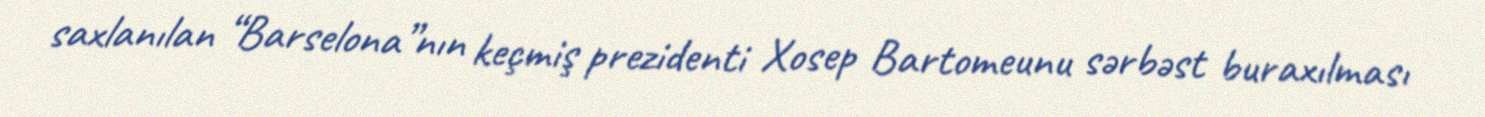
saxlanılan “Barselona”nın keçmiş prezidenti Xosep Bartomeunu sərbəst buraxılması